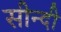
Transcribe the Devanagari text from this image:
सीन्दी